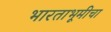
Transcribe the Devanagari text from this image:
भारताभूमीचा